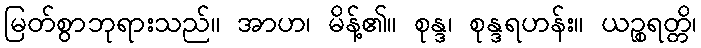
မြတ်စွာဘုရားသည်။ အာဟ၊ မိန့်၏။ စုန္ဒ၊ စုန္ဒရဟန်း။ ယဉ္စရတ္တိ၊